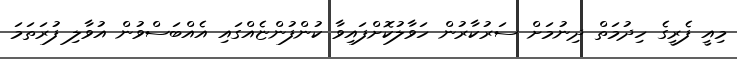
މިއީ ފެރީގެ ހިދުމަތް ދިނުމަށް ސަރުކާރުން ހަވާލުކޮށްފައިވާ ކުންފުންޏެއްގައި އެއްބަސްވުން އުވާލި ފުރަތަމަ